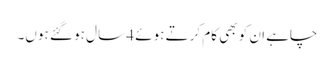
چاہے ان کو بھی کام کرتے ہوئے 4 سال ہو گئے ہوں۔